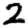
Digit: 2